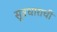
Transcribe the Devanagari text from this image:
सूत्रधाराची